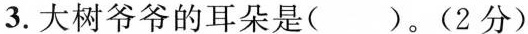
3. 大树爷爷的耳朵是( )。(2分)